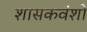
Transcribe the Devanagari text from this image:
शासकवंशों